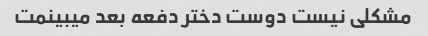
مشکلی نیست دوست دختر دفعه بعد میبینمت